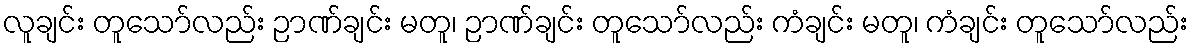
လူချင်း တူသော်လည်း ဉာဏ်ချင်း မတူ၊ ဉာဏ်ချင်း တူသော်လည်း ကံချင်း မတူ၊ ကံချင်း တူသော်လည်း